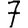
Digit: 7